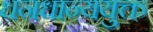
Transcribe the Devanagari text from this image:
धनधान्ययुक्त